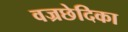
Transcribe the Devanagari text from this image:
वज्रछेदिका